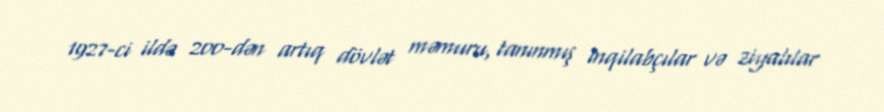
1927-ci ildə 200-dən artıq dövlət məmuru, tanınmış inqilabçılar və ziyalılar